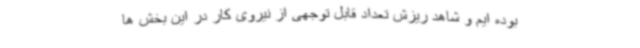
بوده ایم و شاهد ریزش تعداد قابل توجهی از نیروی کار در این بخش ها